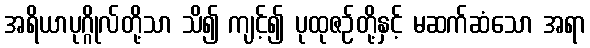
အရိယာပုဂ္ဂိုလ်တို့သာ သိ၍ ကျင့်၍ ပုထုဇဉ်တို့နှင့် မဆက်ဆံသော အရာ